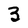
Character: 3